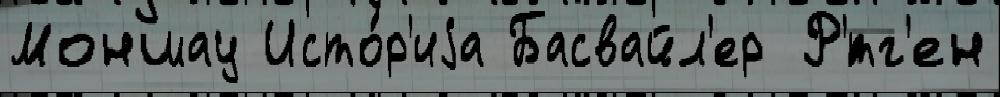
Моншау Исто́р'иjа Басвайл'ер Р'́тг'ен